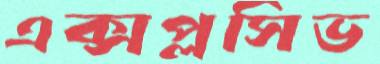
এক্সপ্লসিভ